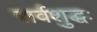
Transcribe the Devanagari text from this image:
सर्वशुद्धः